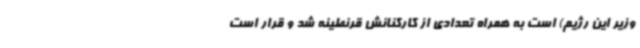
وزیر این رژیم) است به همراه تعدادی از کارکنانش قرنطینه شد و قرار است